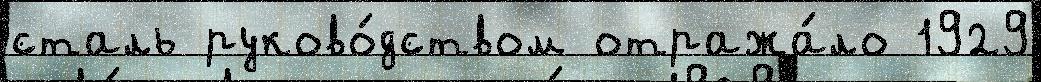
сталь руково́дством отража́ло 1929